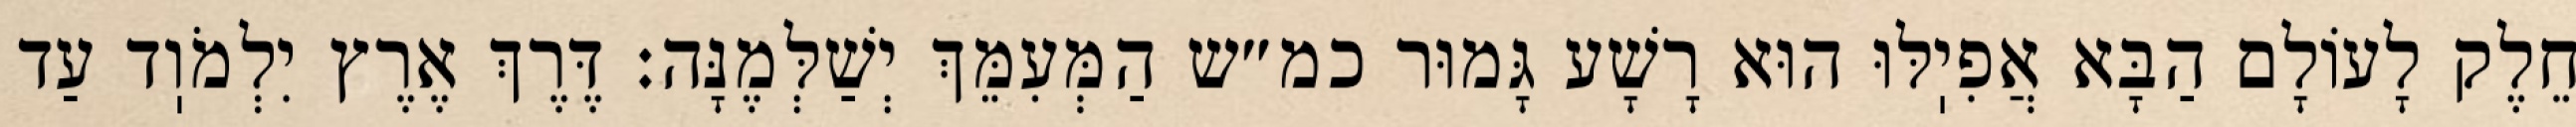
חֵלֶק לָעוֹלָם הַבָּא אֲפִיֽלּוּ הוּא רָשָׁע גָּמוּר כמ״ש הַמְּעִמֵּךְ יְשַׁלְּמֶנָּה: דֶּרֶךְ אֶרֶץ יִלְמֹוֽד עַד